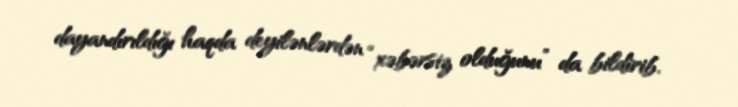
dayandırıldığı haqda deyilənlərdən “xəbərsiz olduğunu” da bildirib.